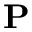
\mathbf { P }